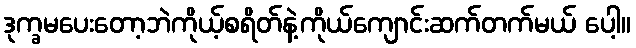
ဒုက္ခမပေးတော့ဘဲကိုယ့်စရိတ်နဲ့ကိုယ်ကျောင်းဆက်တက်မယ် ပေါ့။